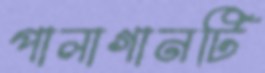
পালাগানটি